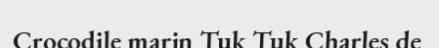
Crocodile marin Tuk Tuk Charles de